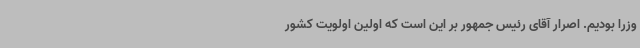
وزرا بودیم. اصرار آقای رئیس جمهور بر این است که اولین اولویت کشور